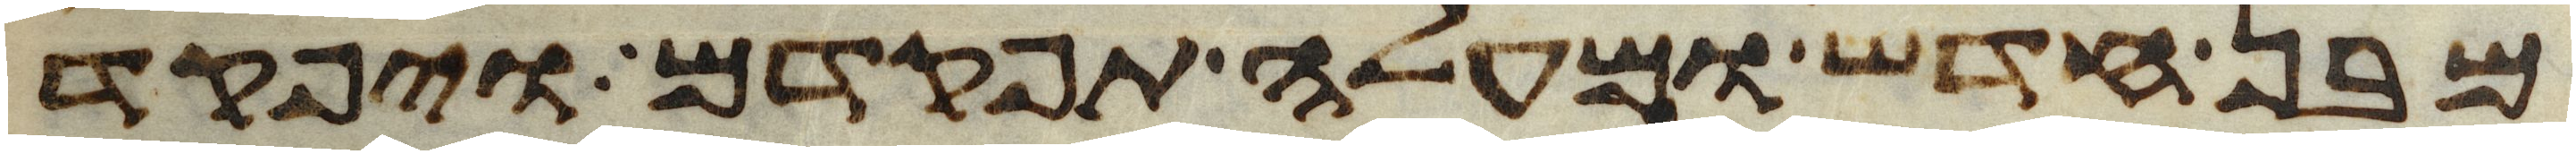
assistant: מבן חדש ומעלה תפקדם ויפקד